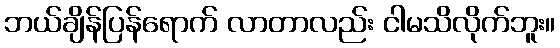
ဘယ်ချိန်ပြန်ရောက် လာတာလည်း ငါမသိလိုက်ဘူး။